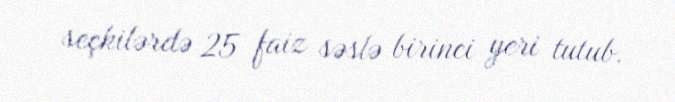
seçkilərdə 25 faiz səslə birinci yeri tutub.